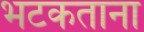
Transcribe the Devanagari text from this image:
भटकताना